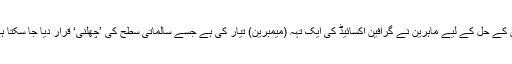
اس کے حل کے لیے ماہرین نے گرافین آکسائیڈ کی ایک تہہ (میمبرین) تیار کی ہے جسے سالماتی سطح کی ’چھلنی‘ قرار دیا جا سکتا ہے۔